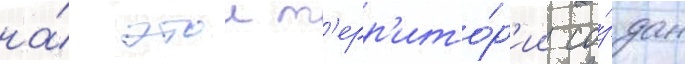
на́ этои т'ерр'ито́р'ии со́здан